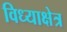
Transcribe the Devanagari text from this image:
विध्याक्षेत्र